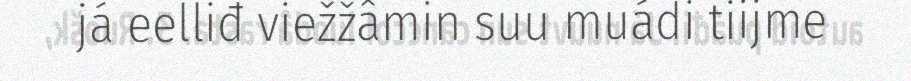
já eelliđ viežžâmin suu muádi tiijme